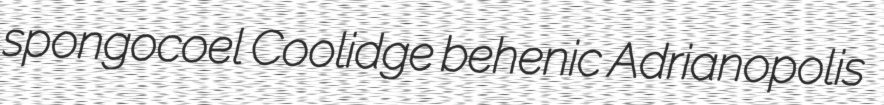
spongocoel Coolidge behenic Adrianopolis